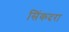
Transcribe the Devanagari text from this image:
सिंकदरा